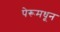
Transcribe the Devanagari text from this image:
पेरूमधून